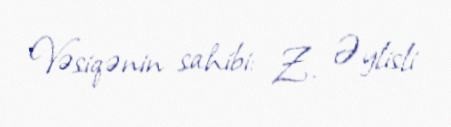
Vəsiqənin sahibi: Z. Əylisli